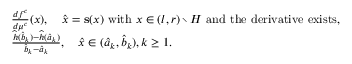
\begin{array} { r l } & { \frac { d f ^ { c } } { d \mu ^ { c } } ( x ) , \quad \widehat { x } = \mathbf { s } ( x ) \mathrm { ~ w i t h ~ } x \in ( l , r ) \setminus H \mathrm { ~ a n d ~ t h e ~ d e r i v a t i v e ~ e x i s t s } , } \\ & { \frac { \widehat { h } ( \widehat b _ { k } ) - \widehat { h } ( \widehat a _ { k } ) } { \widehat { b } _ { k } - \widehat { a } _ { k } } , \quad \widehat { x } \in ( \widehat { a } _ { k } , \widehat { b } _ { k } ) , k \geq 1 . } \end{array}